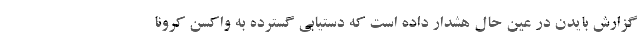
گزارش بایدن در عین حال هشدار داده است که دستیابی گسترده به واکسن کرونا